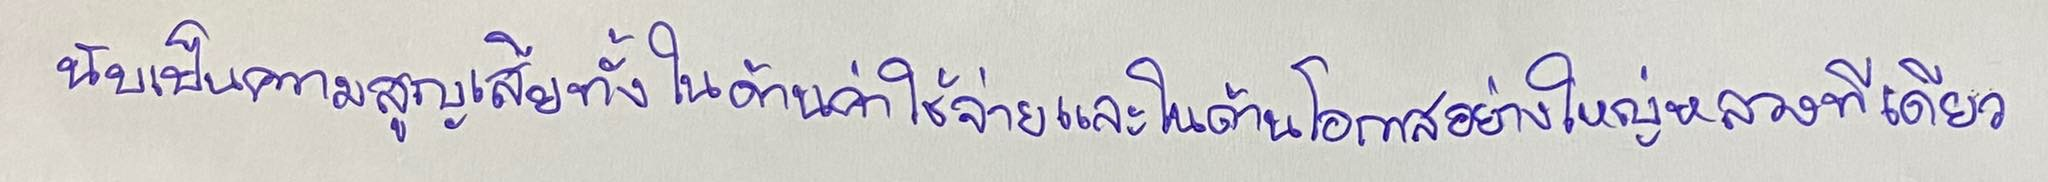
นับเป็นความสูญเสียทั้งในด้านค่าใช้จ่ายและในด้านโอกาสอย่างใหญ่หลวงทีเดียว